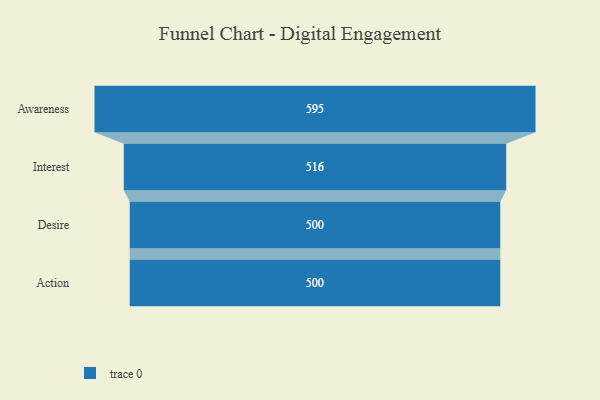
{"axis": {"x": "Stage", "y": "Value"}, "legend": [""], "data": [{"x": "Awareness", "y": 595.0, "type": ""}, {"x": "Interest", "y": 516.0, "type": ""}, {"x": "Desire", "y": 500, "type": ""}, {"x": "Action", "y": 500, "type": ""}]}